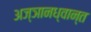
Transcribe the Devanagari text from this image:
अज्ञानध्वान्त